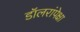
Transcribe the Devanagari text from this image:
डॉलरांपेक्षा